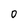
Character: 0